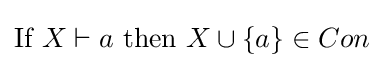
{\mbox{If }}X\vdash a{\mbox{ then }}X\cup \{a\}\in Con